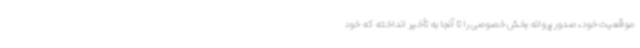
موقعیت خود، صدور پروانه بخش خصوصی را تا آنجا به تأخیر انداخته که خود